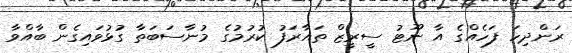
ރަންދިހަ ފަހެއްގެ އާ ނޫޓު ސީރީޒް ތައާރަފު ކުރުމުގެ މުނާސަބަތާ ގުޅުވައިގެން ބާއްވާ